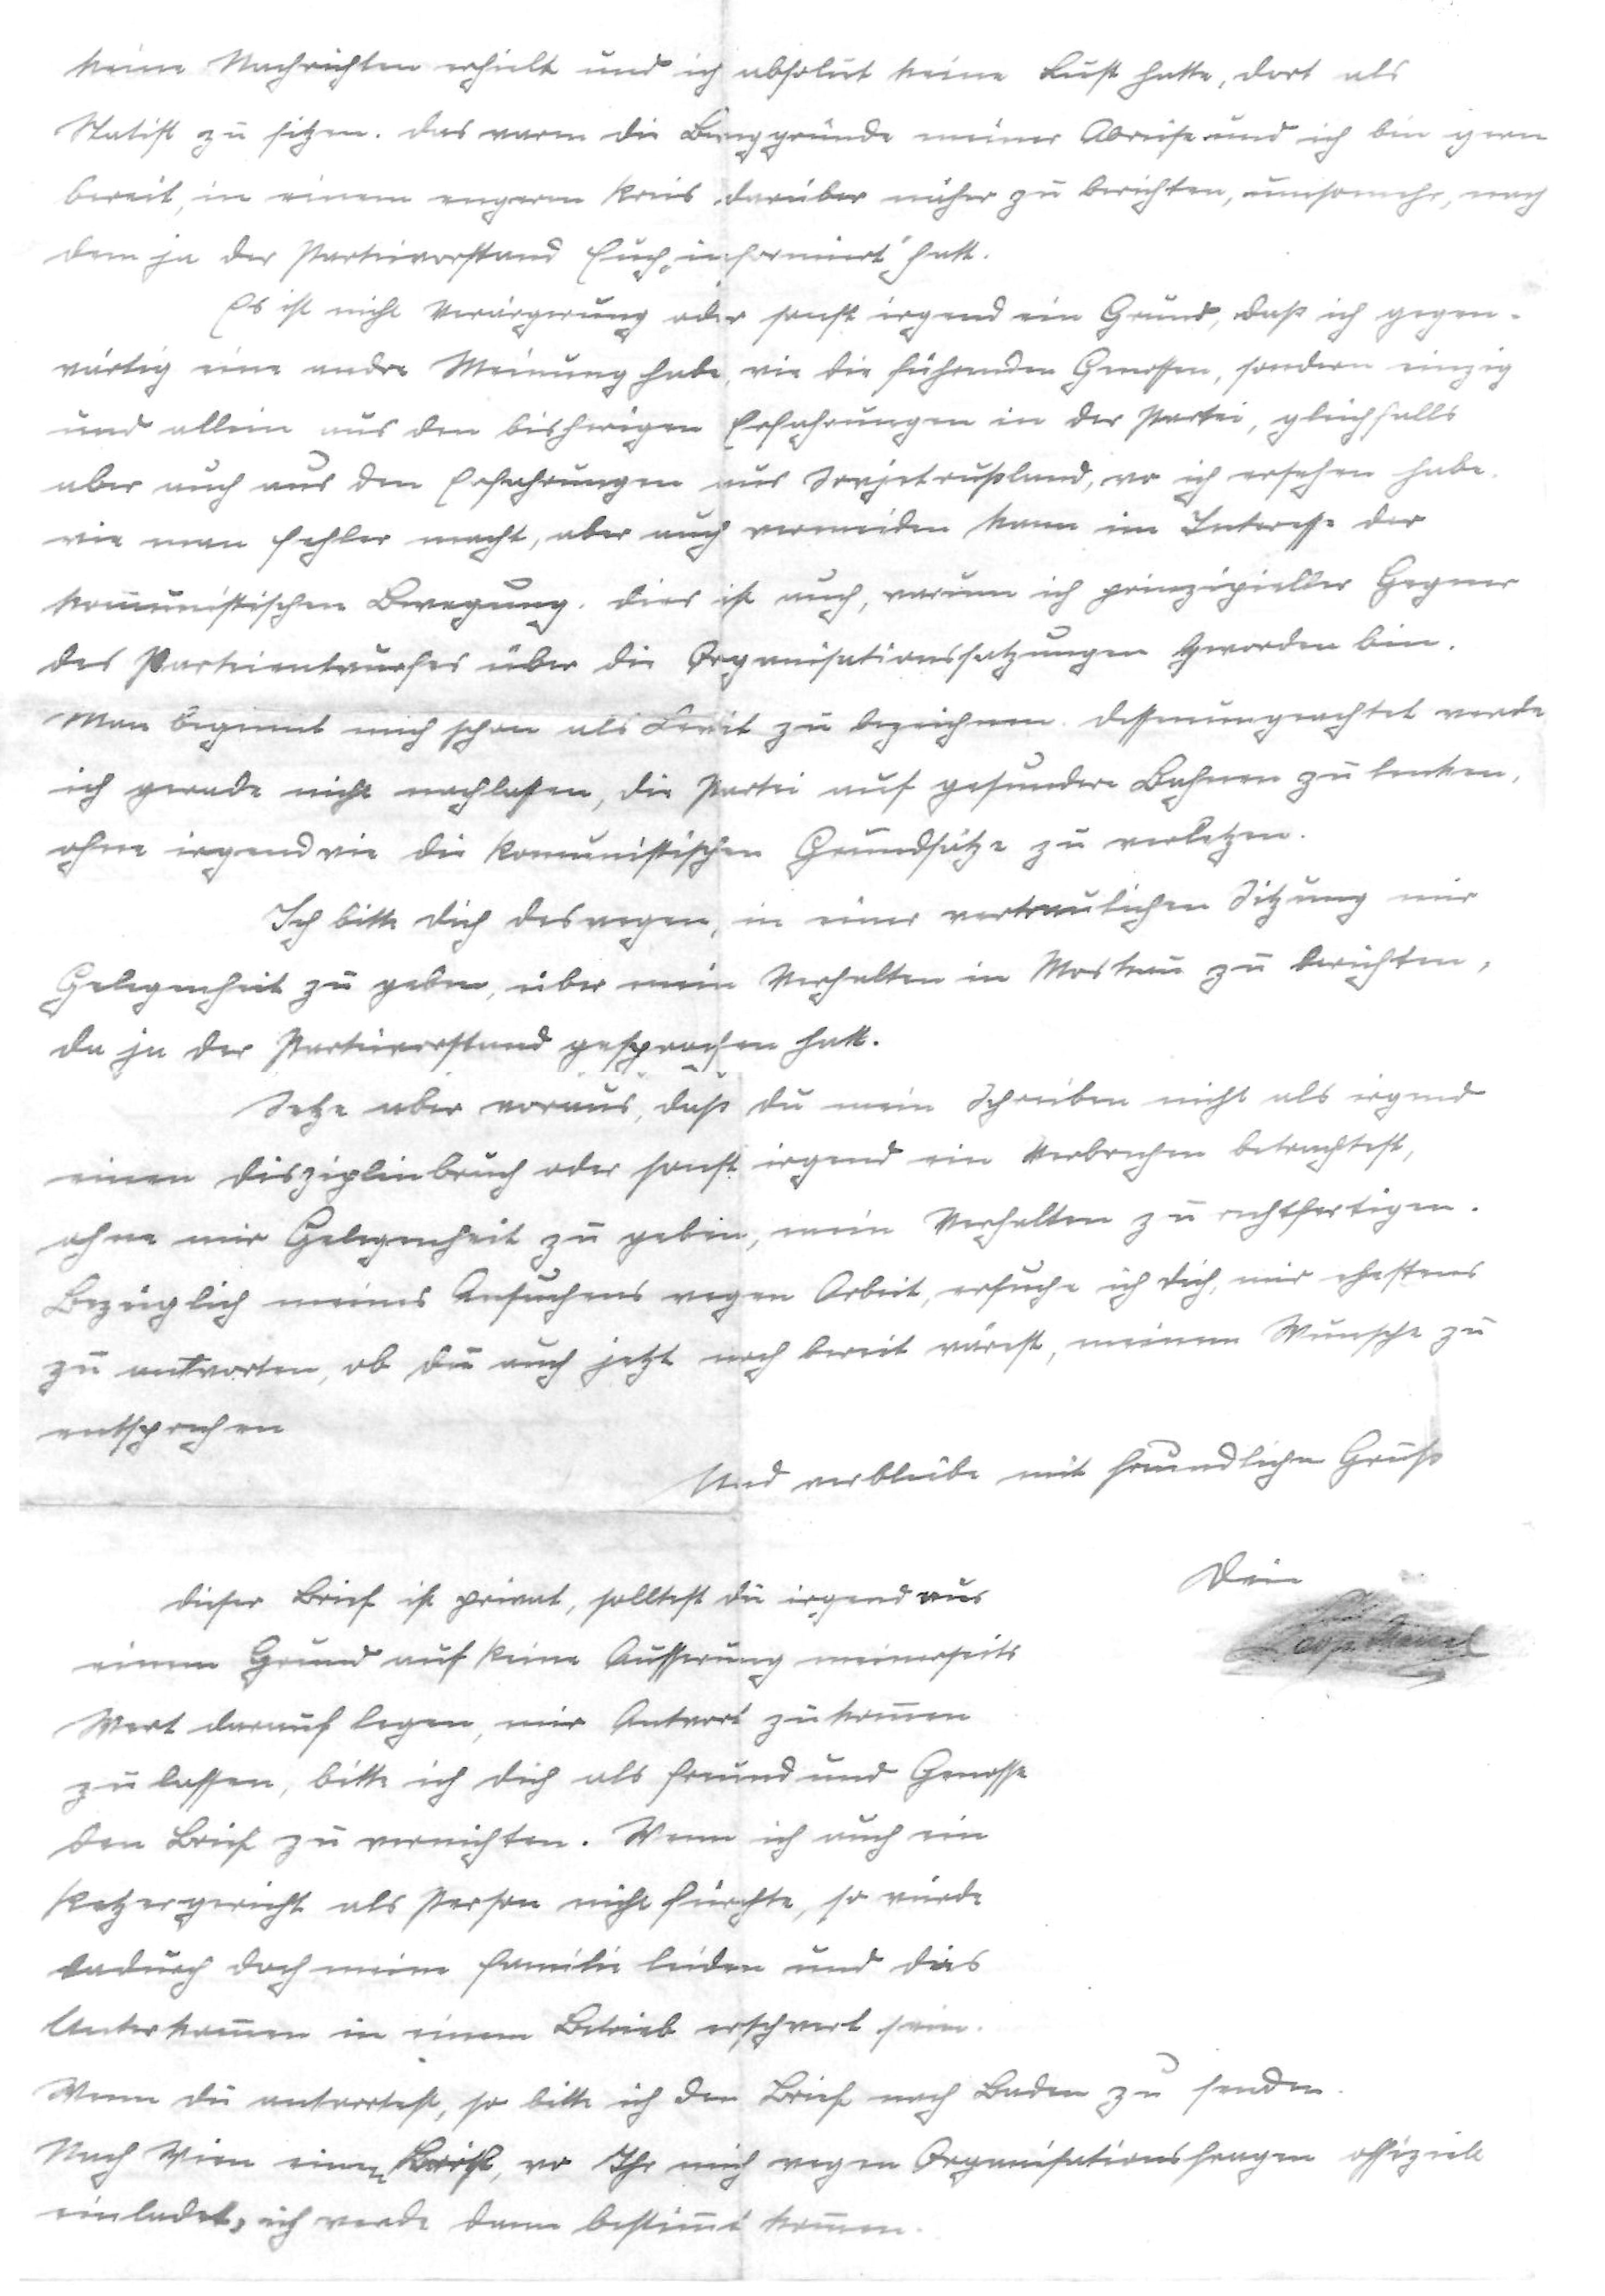
keine Nachrichten erhielt und ich absolut keine Lust hatte, dort als
Statist zu sitzen. Das waren die Beweggründe meiner Abreise und ich bin gern
bereit, in einem engeren Kreis darüber näher zu berichten, umsomehr, nach
dem ja der Parteivorstand Euch "informiert" hatt.
Es ist nicht Verärgerung oder sonst irgend ein Grund, daß ich gegen¬
wärtig eine andre Meinung habe, wie die führenden Genossen, sondern einzig
und allein aus den bisherigen Erfahrungen in der Partei, gleichfalls
aber auch aus den Erfahrungen aus Sovjetrußland, wo ich ersehen habe
wie man Fehler macht, aber auch vermeiden kann im Interesse der
kommunistischen Bewegung. Dies ist auch, warum ich prinzipieller Gegner
des Parteientwurfes über die Organisationssatzungen geworden bin.
Man beginnt mich schon als Levit zu bezeichnen. Dessenungeachtet werde
ich gerade nicht nachlassen, die Partei auf gesundere Bahnen zu lenken,
ohne irgendwie die komunistischen Grundsätze zu verletzen.
Ich bitte dich deswegen, in einer vertraulichen Sitzung mir
Gelegenheit zu geben, über mein Verhalten in Moskau zu berichten,
da ja der Parteivorstand gesprochen hatt.
Setze aber voraus, daß du mein Schreiben nicht als irgend
einen Disziplinbruch oder sonst irgend ein Verbrechen betrachtest,
ohne mir Gelegenheit zu geben, mein Verhalten zu rechtfertigen.
Bezüglich meines Ansuchens wegen Arbeit, ersuche ich dich, mir ehestens
zu antworten, ob du auch jetzt noch bereit wärst, meinem Wunsch zu
entsprechen
Und verbleibe mit freundlichem Gruß
Dein
Leop. Maier
Dieser Brief ist privat, solltest du irgend aus
einem Grund auf keine Äusserung meinerseits
Wert darauf legen, mir Antwort zukommen
zu lassen, bitte ich dich als Freund und Genosse
den Brief zu vernichten. Wenn ich auch ein
Ketzergericht als Person nicht fürchte, so würde
dadurch doch meine Familie leiden und das
Unterkommen in einem Betrieb erschwert sein.
Wenn du antwortest, so bitte ich den Brief nach Baden zu senden.
Nach Wien einen Brief, wo Ihr mich wegen Organisationsfragen offiziell
einladet, ich werde dann bestimmt kommen.